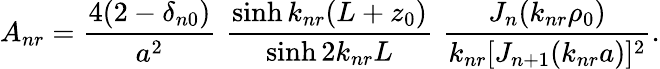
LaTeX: A_{nr}={\frac{4(2-\delta_{n0})}{a^{2}}}\, \, {\frac{\sinh k_{nr}(L+z_{0})}{\sinh 2k_{nr}L}}\, \, {\frac{J_{n}(k_{nr}\rho_{0})}{k_{nr}[J_{n+1}(k_{nr}a)]^{2}}}.